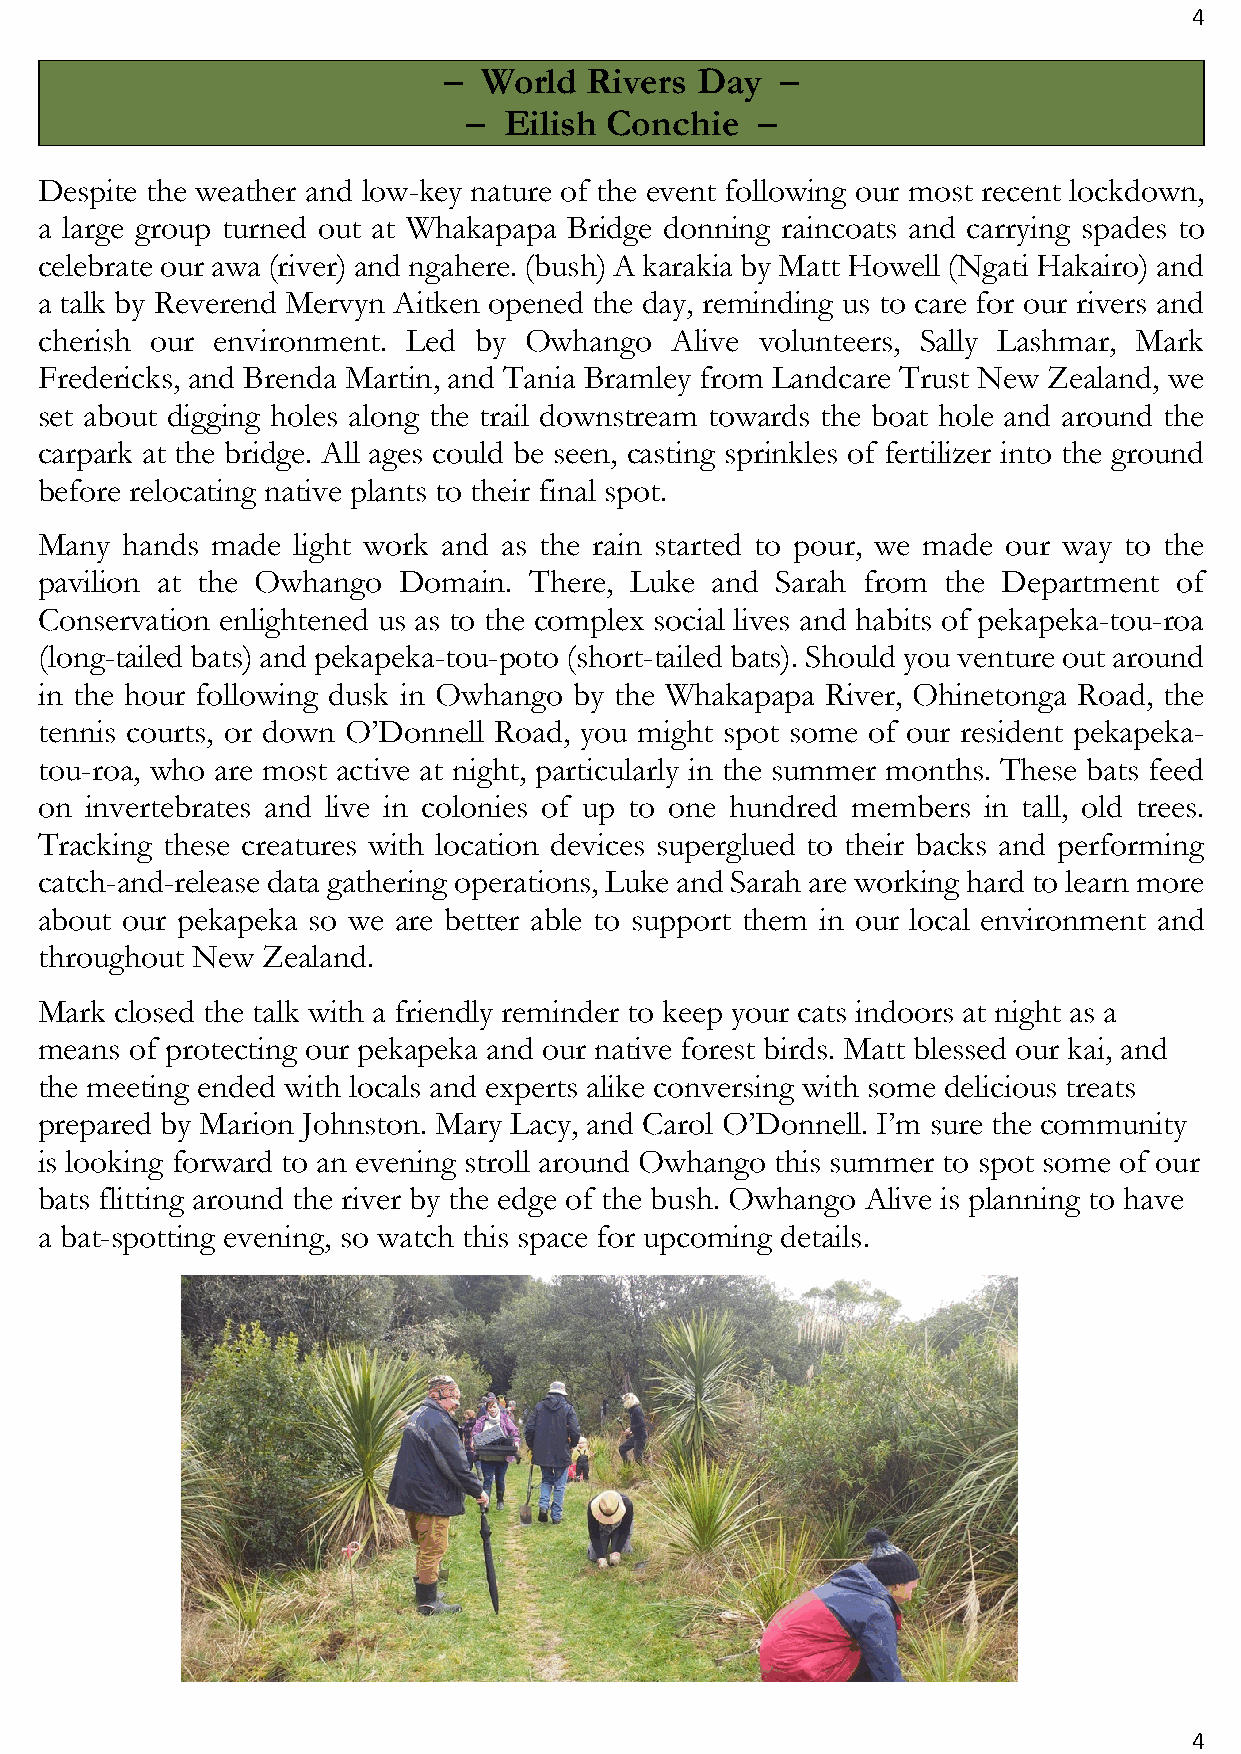
4
 –  World  Rivers Day   –
 – Eilish Conchie   –
 Despite the weather and low-key nature of the event following our most recent lockdown,
 a large group turned out at Whakapapa Bridge donning raincoats and carrying spades to
 celebrate our awa (river) and ngahere. (bush) A karakia by Matt Howell (Ngati Hakairo) and
 a talk by Reverend Mervyn Aitken opened the day, reminding us to care for our rivers and
 cherish our environment. Led by Owhango  Alive volunteers, Sally Lashmar, Mark
 Fredericks, and Brenda Martin, and Tania Bramley from Landcare Trust New Zealand, we
 set about digging holes along the trail downstream towards the boat hole and around the
 carpark at the bridge. All ages could be seen, casting sprinkles of fertilizer into the ground
 before relocating native plants to their final spot.
 Many hands made light work and as the rain started to pour, we made our way to the
 pavilion at the Owhango Domain. There, Luke and Sarah from  the Department of
 Conservation enlightened us as to the complex social lives and habits of pekapeka-tou-roa
 (long-tailed bats) and pekapeka-tou-poto (short-tailed bats). Should you venture out around
 in the hour following dusk in Owhango by the Whakapapa River, Ohinetonga Road, the
 tennis courts, or down O’Donnell Road, you might spot some of our resident pekapeka-
 tou-roa, who are most active at night, particularly in the summer months. These bats feed
 on invertebrates and live in colonies of up to one hundred members in tall, old trees.
 Tracking these creatures with location devices superglued to their backs and performing
 catch-and-release data gathering operations, Luke and Sarah are working hard to learn more
 about our pekapeka so we are better able to support them in our local environment and
 throughout New Zealand.
 Mark closed the talk with a friendly reminder to keep your cats indoors at night as a
 means of protecting our pekapeka and our native forest birds. Matt blessed our kai, and
 the meeting ended with locals and experts alike conversing with some delicious treats
 prepared by Marion Johnston. Mary Lacy, and Carol O’Donnell. I’m sure the community
 is looking forward to an evening stroll around Owhango this summer to spot some of our
 bats flitting around the river by the edge of the bush. Owhango Alive is planning to have
 a bat-spotting evening, so watch this space for upcoming details.
 4